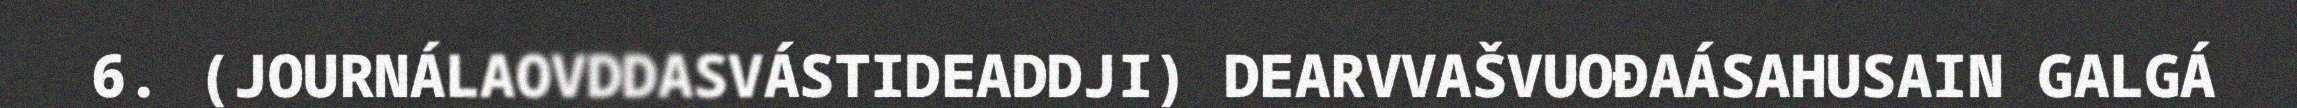
6. (JOURNÁLAOVDDASVÁSTIDEADDJI) DEARVVAŠVUOĐAÁSAHUSAIN GALGÁ